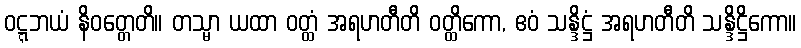
ဝဋ္ဋဘယံ နိဝတ္တေတိ။ တသ္မာ ယထာ ဝတ္ထံ အရဟတီတိ ဝတ္ထိကော, ဧဝံ သန္ဒိဋ္ဌံ အရဟတီတိ သန္ဒိဋ္ဌိကော။